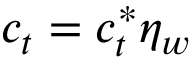
c _ { t } = c _ { t } ^ { \ast } \eta _ { w }